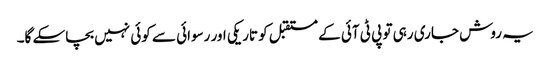
یہ روش جاری رہی تو پی ٹی آئی کے مستقبل کو تاریکی اور رسوائی سے کوئی نہیں بچاسکے گا۔